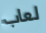
لعاب